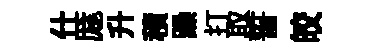
什厖升積躁打取誓皎